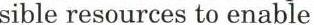
sible resources to enable